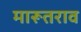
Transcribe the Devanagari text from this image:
मारूतराव